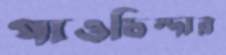
পাওচিন্দার